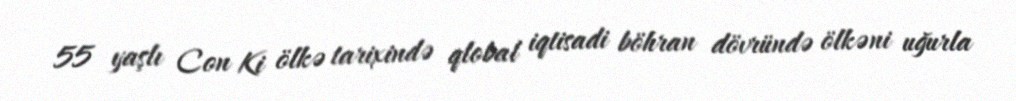
55 yaşlı Con Ki ölkə tarixində qlobal iqtisadi böhran dövründə ölkəni uğurla